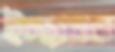
ইচ্ছায়ও